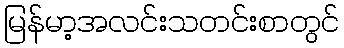
မြန်မာ့အလင်းသတင်းစာတွင်